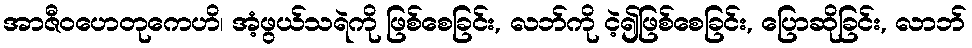
အာဇီဝဟေတုကေဟိ၊ အံ့ဖွယ်သရဲကို ဖြစ်စေခြင်း, လဘ်ကို ငဲ့၍ဖြစ်စေခြင်း, ပြောဆိုခြင်း, လာဘ်